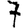
Digit: 7